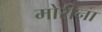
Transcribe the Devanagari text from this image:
मोरीना